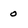
Character: o